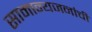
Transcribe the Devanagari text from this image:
सामान्यजनांची